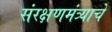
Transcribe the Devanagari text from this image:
संरक्षणमंत्र्याचे